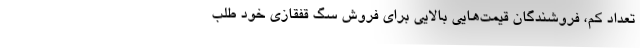
تعداد کم، فروشندگان قیمت‌هایی بالایی برای فروش سگ قفقازی خود طلب